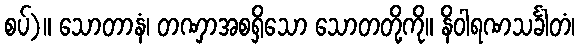
စပ်)။ သောတာနံ၊ တဏှာအစရှိသော သောတတို့ကို။ နိဝါရဏသင်္ခါတံ၊